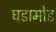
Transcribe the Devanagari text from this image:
घडामोड